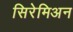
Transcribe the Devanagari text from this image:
सिरेमिअन